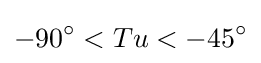
-90^{\circ }<Tu<-45^{\circ }